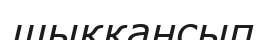
шыққансып